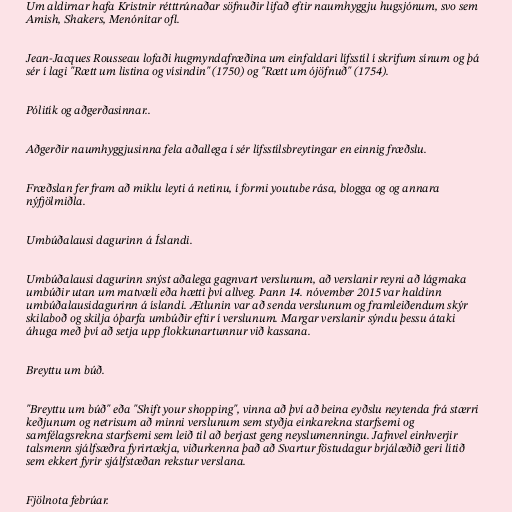
Um aldirnar hafa Kristnir rétttrúnaðar söfnuðir lifað eftir naumhyggju hugsjónum, svo sem
Amish, Shakers, Menónítar ofl.

Jean-Jacques Rousseau lofaði hugmyndafræðina um einfaldari lífsstíl í skrifum sínum og þá
sér í lagi "Rætt um listina og vísindin" (1750) og "Rætt um ójöfnuð" (1754).

Pólitík og aðgerðasinnar..

Aðgerðir naumhyggjusinna fela aðallega í sér lífsstílsbreytingar en einnig fræðslu.

Fræðslan fer fram að miklu leyti á netinu, í formi youtube rása, blogga og og annara
nýfjölmiðla.

Umbúðalausi dagurinn á Íslandi.

Umbúðalausi dagurinn snýst aðalega gagnvart verslunum, að verslanir reyni að lágmaka
umbúðir utan um matvæli eða hætti því allveg. Þann 14. nóvember 2015 var haldinn
umbúðalausidagurinn á íslandi. Ætlunin var að senda verslunum og framleiðendum skýr
skilaboð og skilja óþarfa umbúðir eftir í verslunum. Margar verslanir sýndu þessu átaki
áhuga með því að setja upp flokkunartunnur við kassana.

Breyttu um búð.

"Breyttu um búð" eða "Shift your shopping", vinna að því að beina eyðslu neytenda frá stærri
keðjunum og netrisum að minni verslunum sem styðja einkarekna starfsemi og
samfélagsrekna starfsemi sem leið til að berjast geng neyslumenningu. Jafnvel einhverjir
talsmenn sjálfsæðra fyrirtækja, viðurkenna það að Svartur föstudagur brjálæðið geri lítið
sem ekkert fyrir sjálfstæðan rekstur verslana.

Fjölnota febrúar.